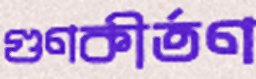
গুণকীর্তণ